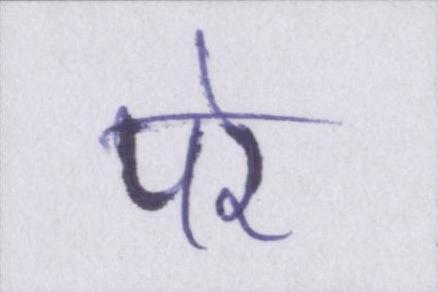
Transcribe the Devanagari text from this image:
परे